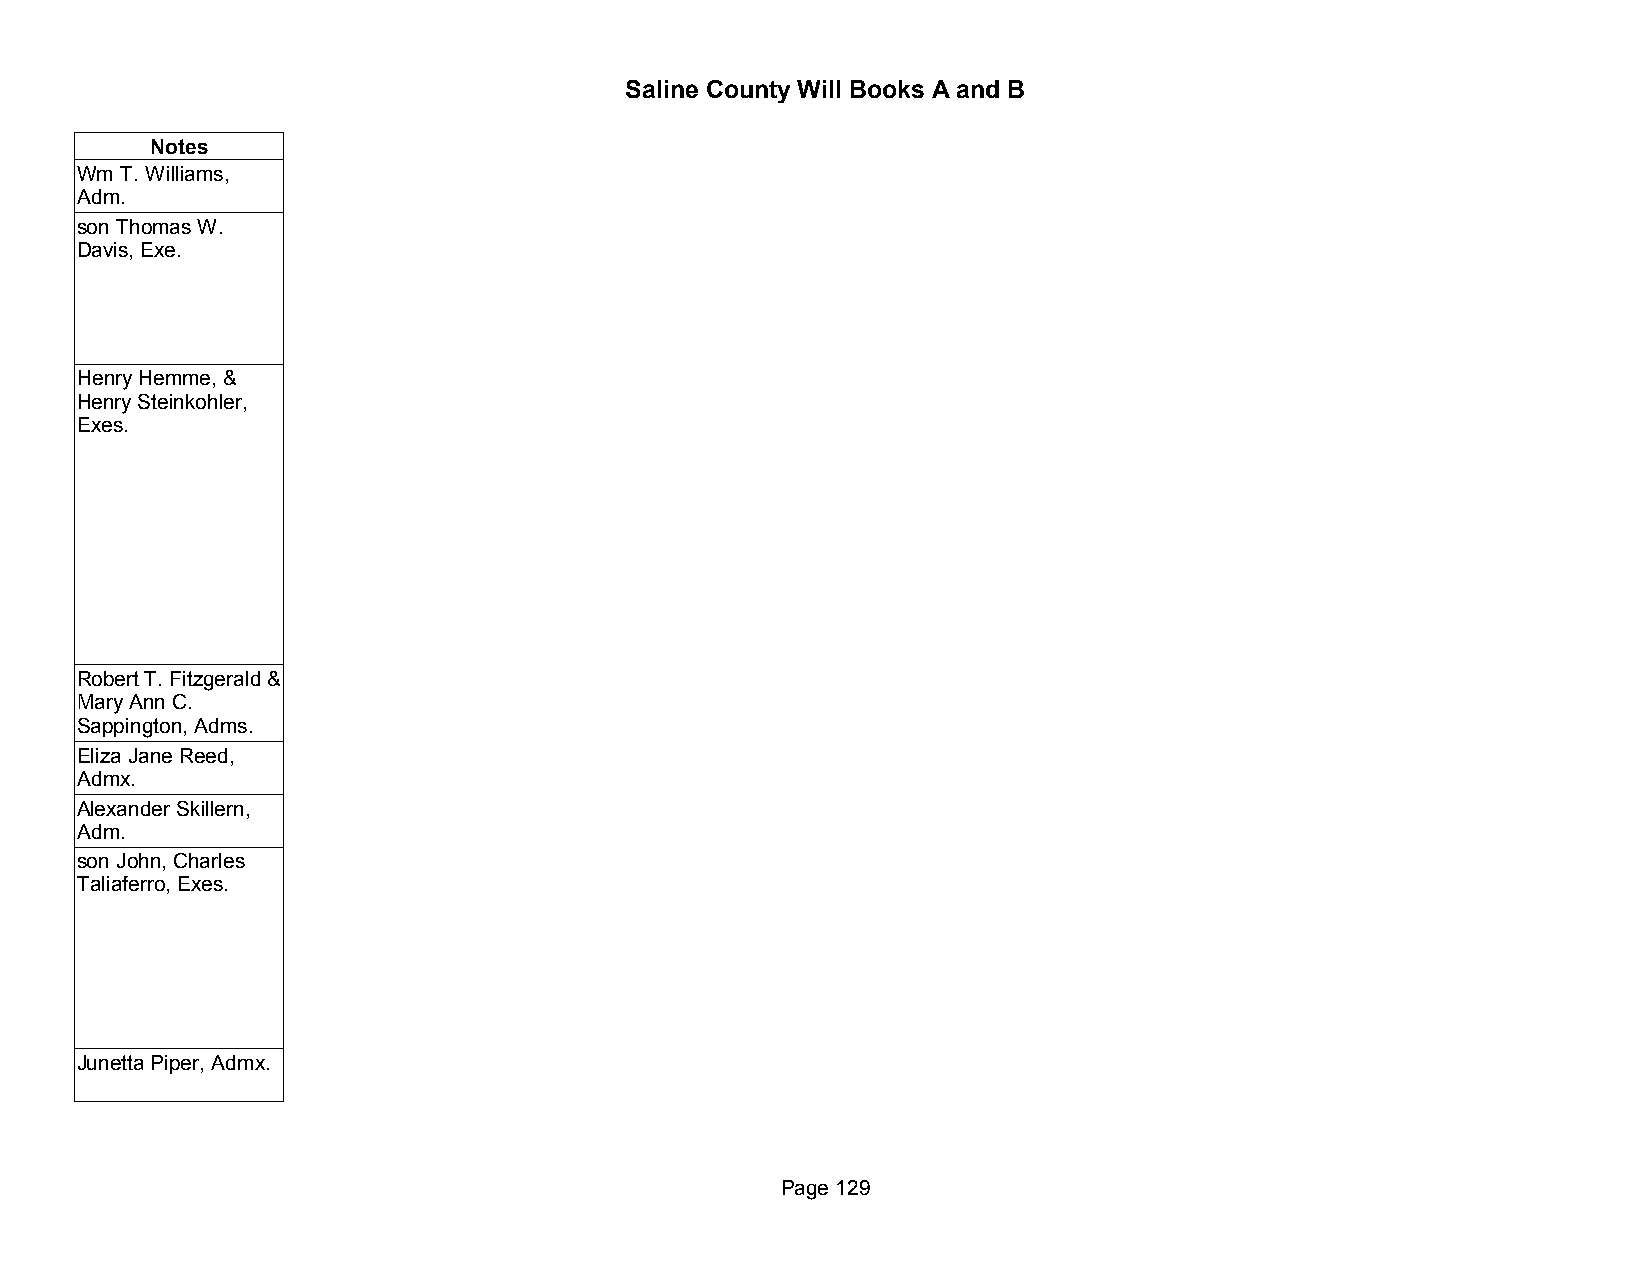
Saline County Will Books A and B
 Notes
 Wm T. Williams,
 Adm.
 son Thomas W.
 Davis, Exe.
 Henry Hemme, &
 Henry Steinkohler,
 Exes.
 Robert T. Fitzgerald &
 Mary Ann C.
 Sappington, Adms.
 Eliza Jane Reed,
 Admx.
 Alexander Skillern,
 Adm.
 son John, Charles
 Taliaferro, Exes.
 Junetta Piper, Admx.
 Page 129